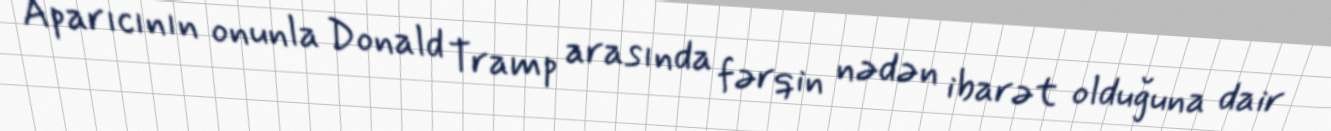
Aparıcının onunla Donald Tramp arasında fərqin nədən ibarət olduğuna dair